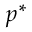
\boldsymbol { p } ^ { * }